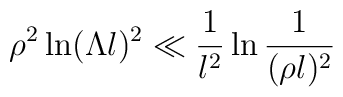
\rho^2 \ln(\Lambda l)^2 \ll        \frac{1}{l^2} \ln\frac{1}{(\rho l)^2}